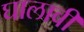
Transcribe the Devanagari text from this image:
घालावीं